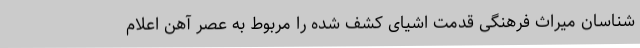
شناسان میراث فرهنگی قدمت اشیای کشف شده را مربوط به عصر آهن اعلام